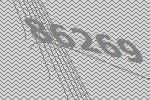
86269